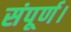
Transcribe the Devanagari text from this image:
संपूर्ण।